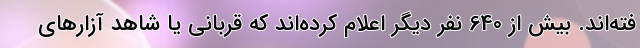
فته‌اند. بیش از 640 نفر دیگر اعلام کرده‌اند که قربانی یا شاهد آزارهای